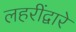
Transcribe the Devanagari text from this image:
लहरींद्वारे